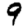
Digit: 9